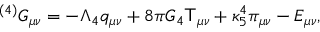
{ } ^ { ( 4 ) } G _ { \mu \nu } = - \Lambda _ { 4 } q _ { \mu \nu } + 8 \pi G _ { 4 } { \sf T } _ { \mu \nu } + \kappa _ { 5 } ^ { 4 } \pi _ { \mu \nu } - E _ { \mu \nu } ,